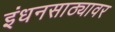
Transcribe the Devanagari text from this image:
इंधनसाठ्यावर